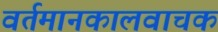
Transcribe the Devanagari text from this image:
वर्तमानकालवाचक